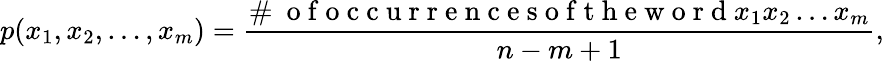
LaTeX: p(x_{1},x_{2},\dots,x_{m})=\frac{\# \ \mathrm{~o~f~o~c~c~u~r~r~e~n~c~e~s~o~f~t~h~e~w~o~r~d~}x_{1}x_{2}\dots x_{m}}{n-m+1},